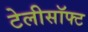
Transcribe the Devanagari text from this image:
टेलीसॉफ्ट